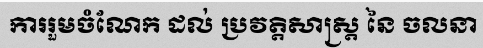
ការរួមចំណែក ដល់ ប្រវត្តិសាស្ត្រ នៃ ចលនា